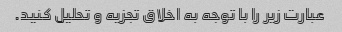
عبارت زیر را با توجه به اخلاق تجزیه و تحلیل کنید.